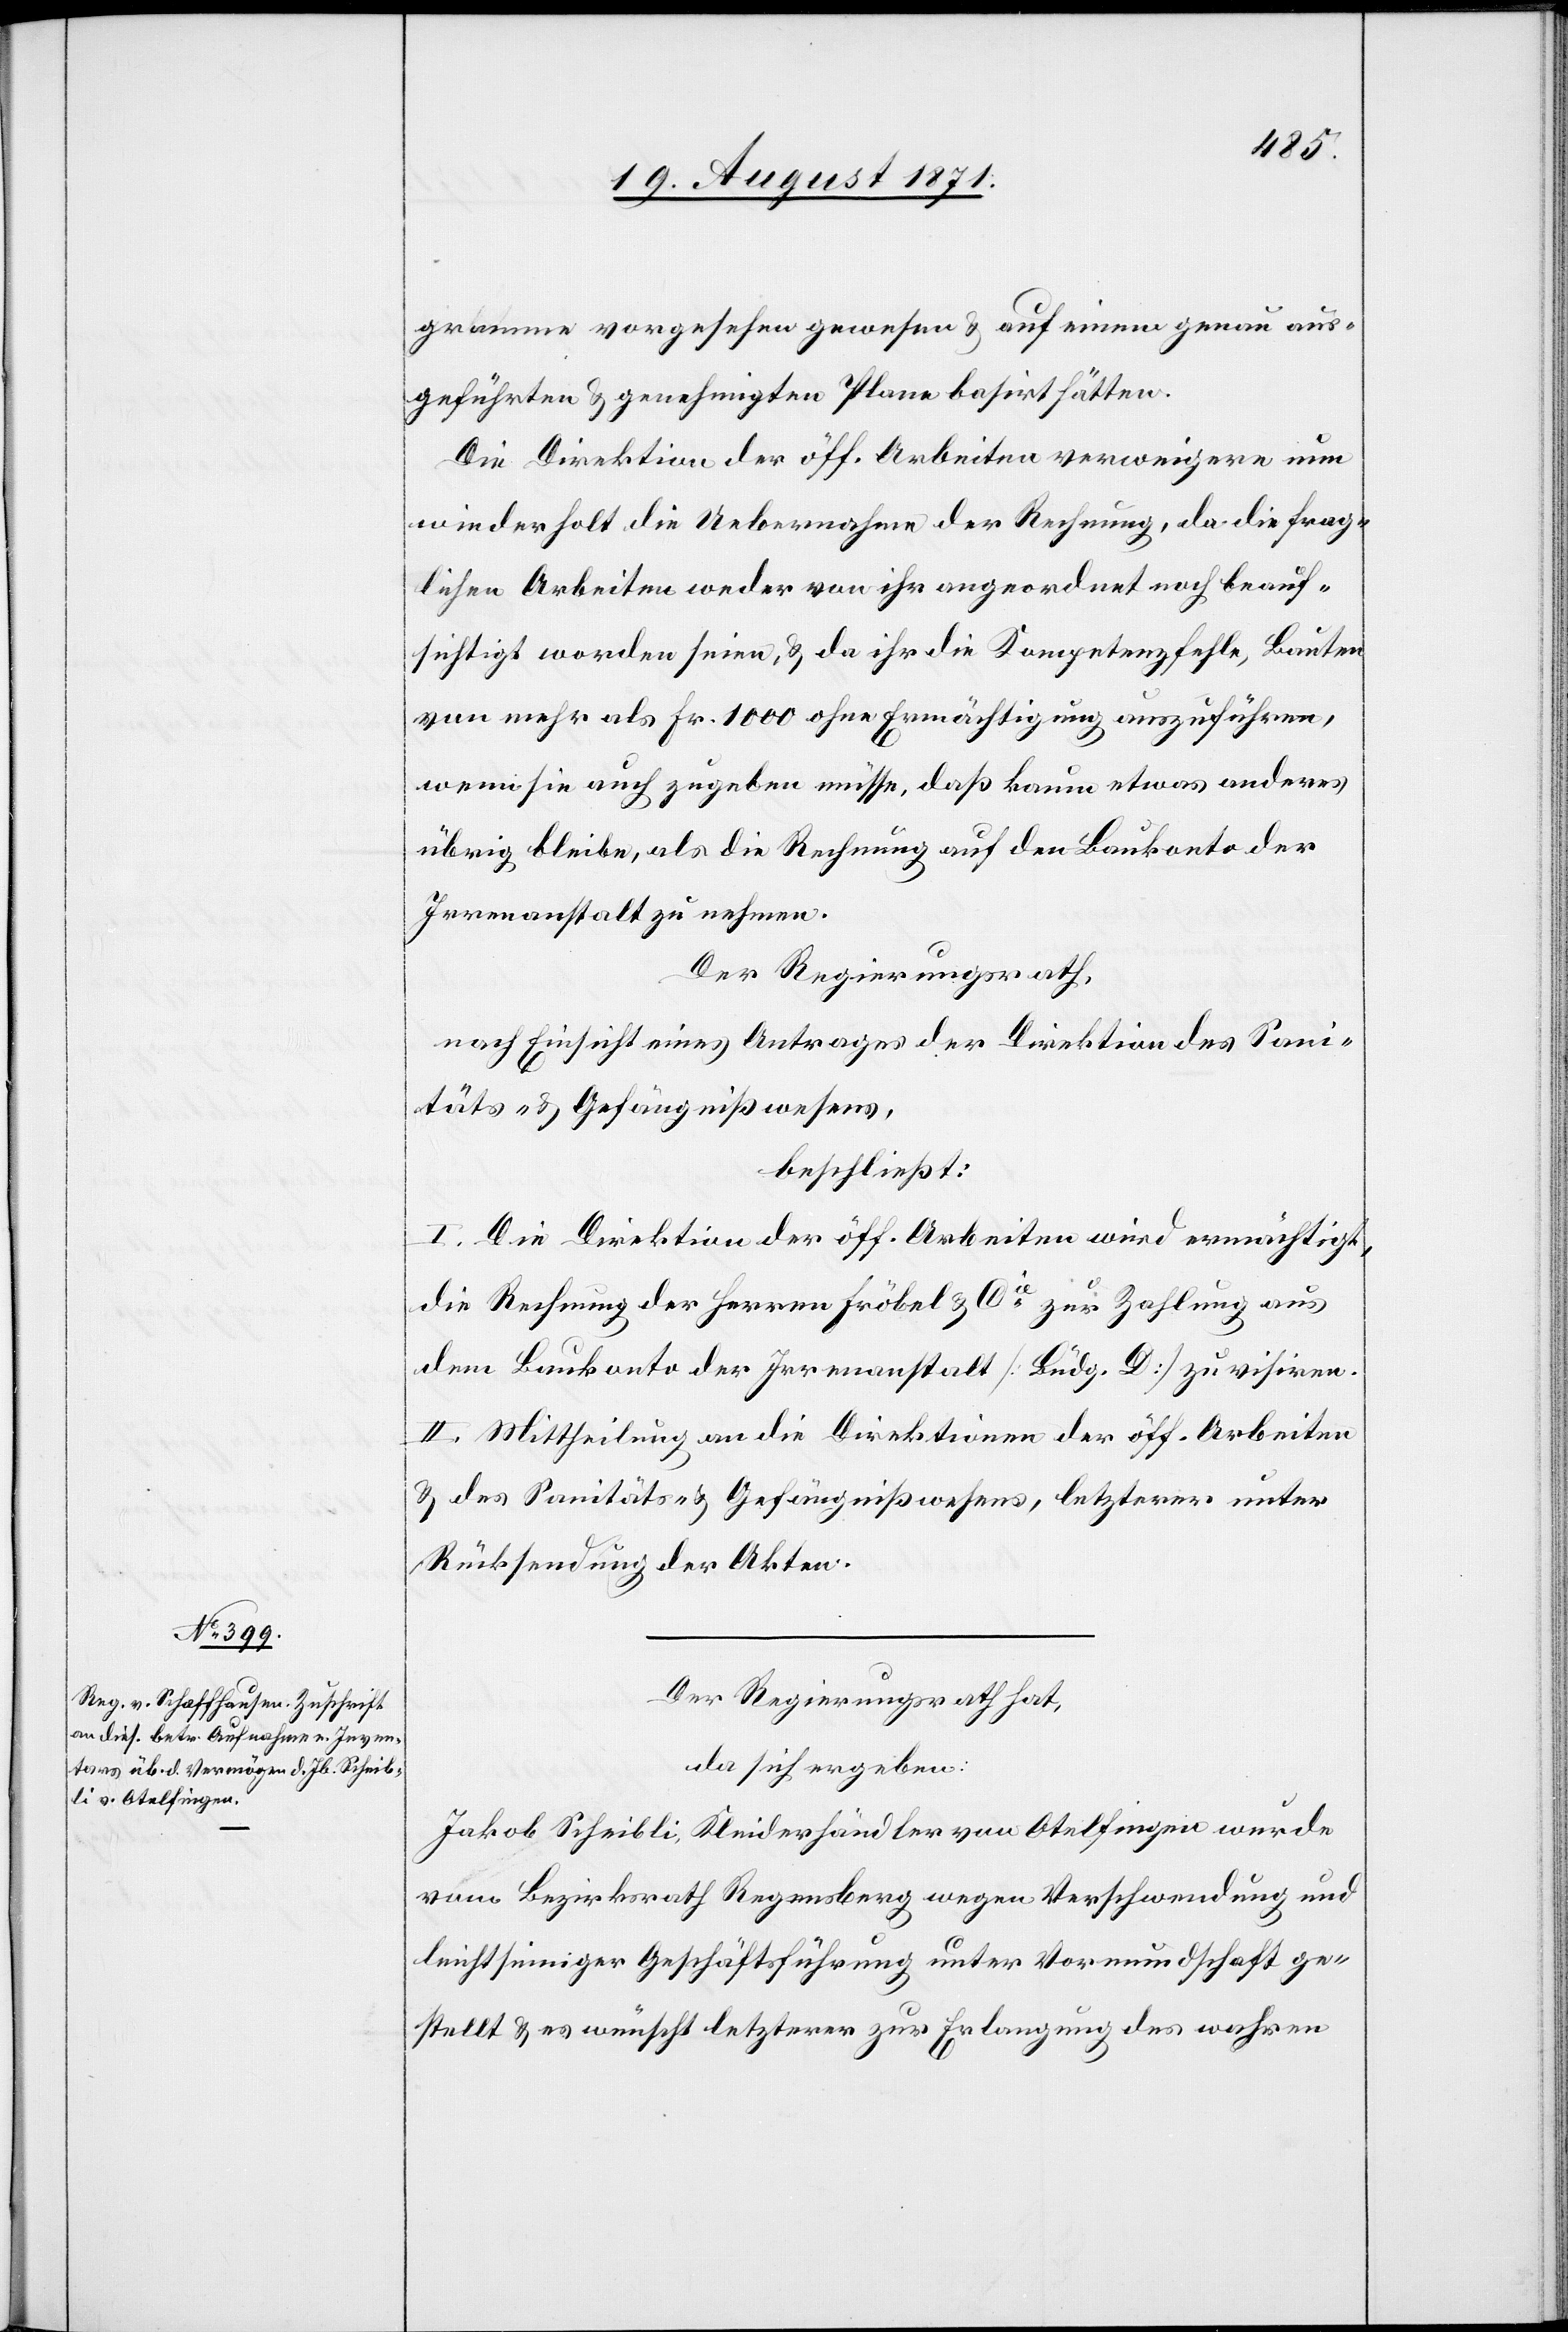
konto
gramme vorgesehen gewesen & auf einem genau aus¬
geführten & genehmigten Plan basirt hätten.
Die Direktion der öff. Arbeiten verweigern nun
wiederholt die Uebernahme der Rechnung, da die Frag¬
lichen Arbeiten weder von ihr angeordnet noch beauf¬
sichtigt worden seien, & da ihr die Kompetenz fehle, Bauten
von mehr als Fr. 1000 ohne Ermächtigung auszuführen,
womit sie auch zugeben müsse, daß kaum etwas anderes
übrig bleibe, als die Rechnung aus den Baukonto der
Irrenanstalt zu nehmen.
Der Regierungsrath,
nach Einsicht eines Antrages der Direktion des Sani¬
täts- & Gefängnißwesen,
beschließt:
I. Die Direktion der öff. Arbeiten wird ermächtigt,
die Rechnung der Herren Fröbel & Cie aus dem Bau¬
II. Mittheilung an die Direktion der öff. Arbeiten
& des Sanitäts- & Gefängniswesen, letzterem unter
Rücksendung der Akten.
Der Regierungsrath hat,
da sich ergeben:
Jakob Scheibli, Kleiderhändler von Otelfingen wurde
vom Bezirksrath Regensberg wegen Verschwendung und
leichtsinniger Geschäftsführung unter Vormundschaft ge¬
stellt & es wünscht letzterer zur Erlangung des wahren